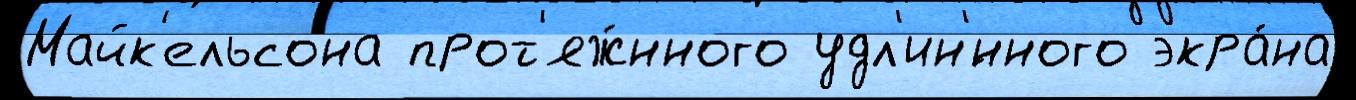
Майк'ельсона прот'яж́нного удл'ин'́нного экра́на